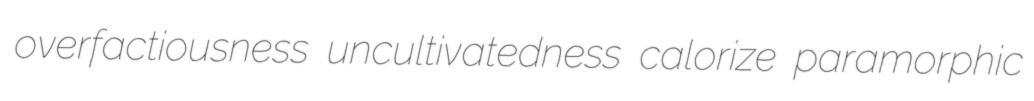
overfactiousness uncultivatedness calorize paramorphic